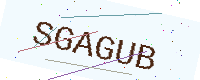
Text: SGAGUB